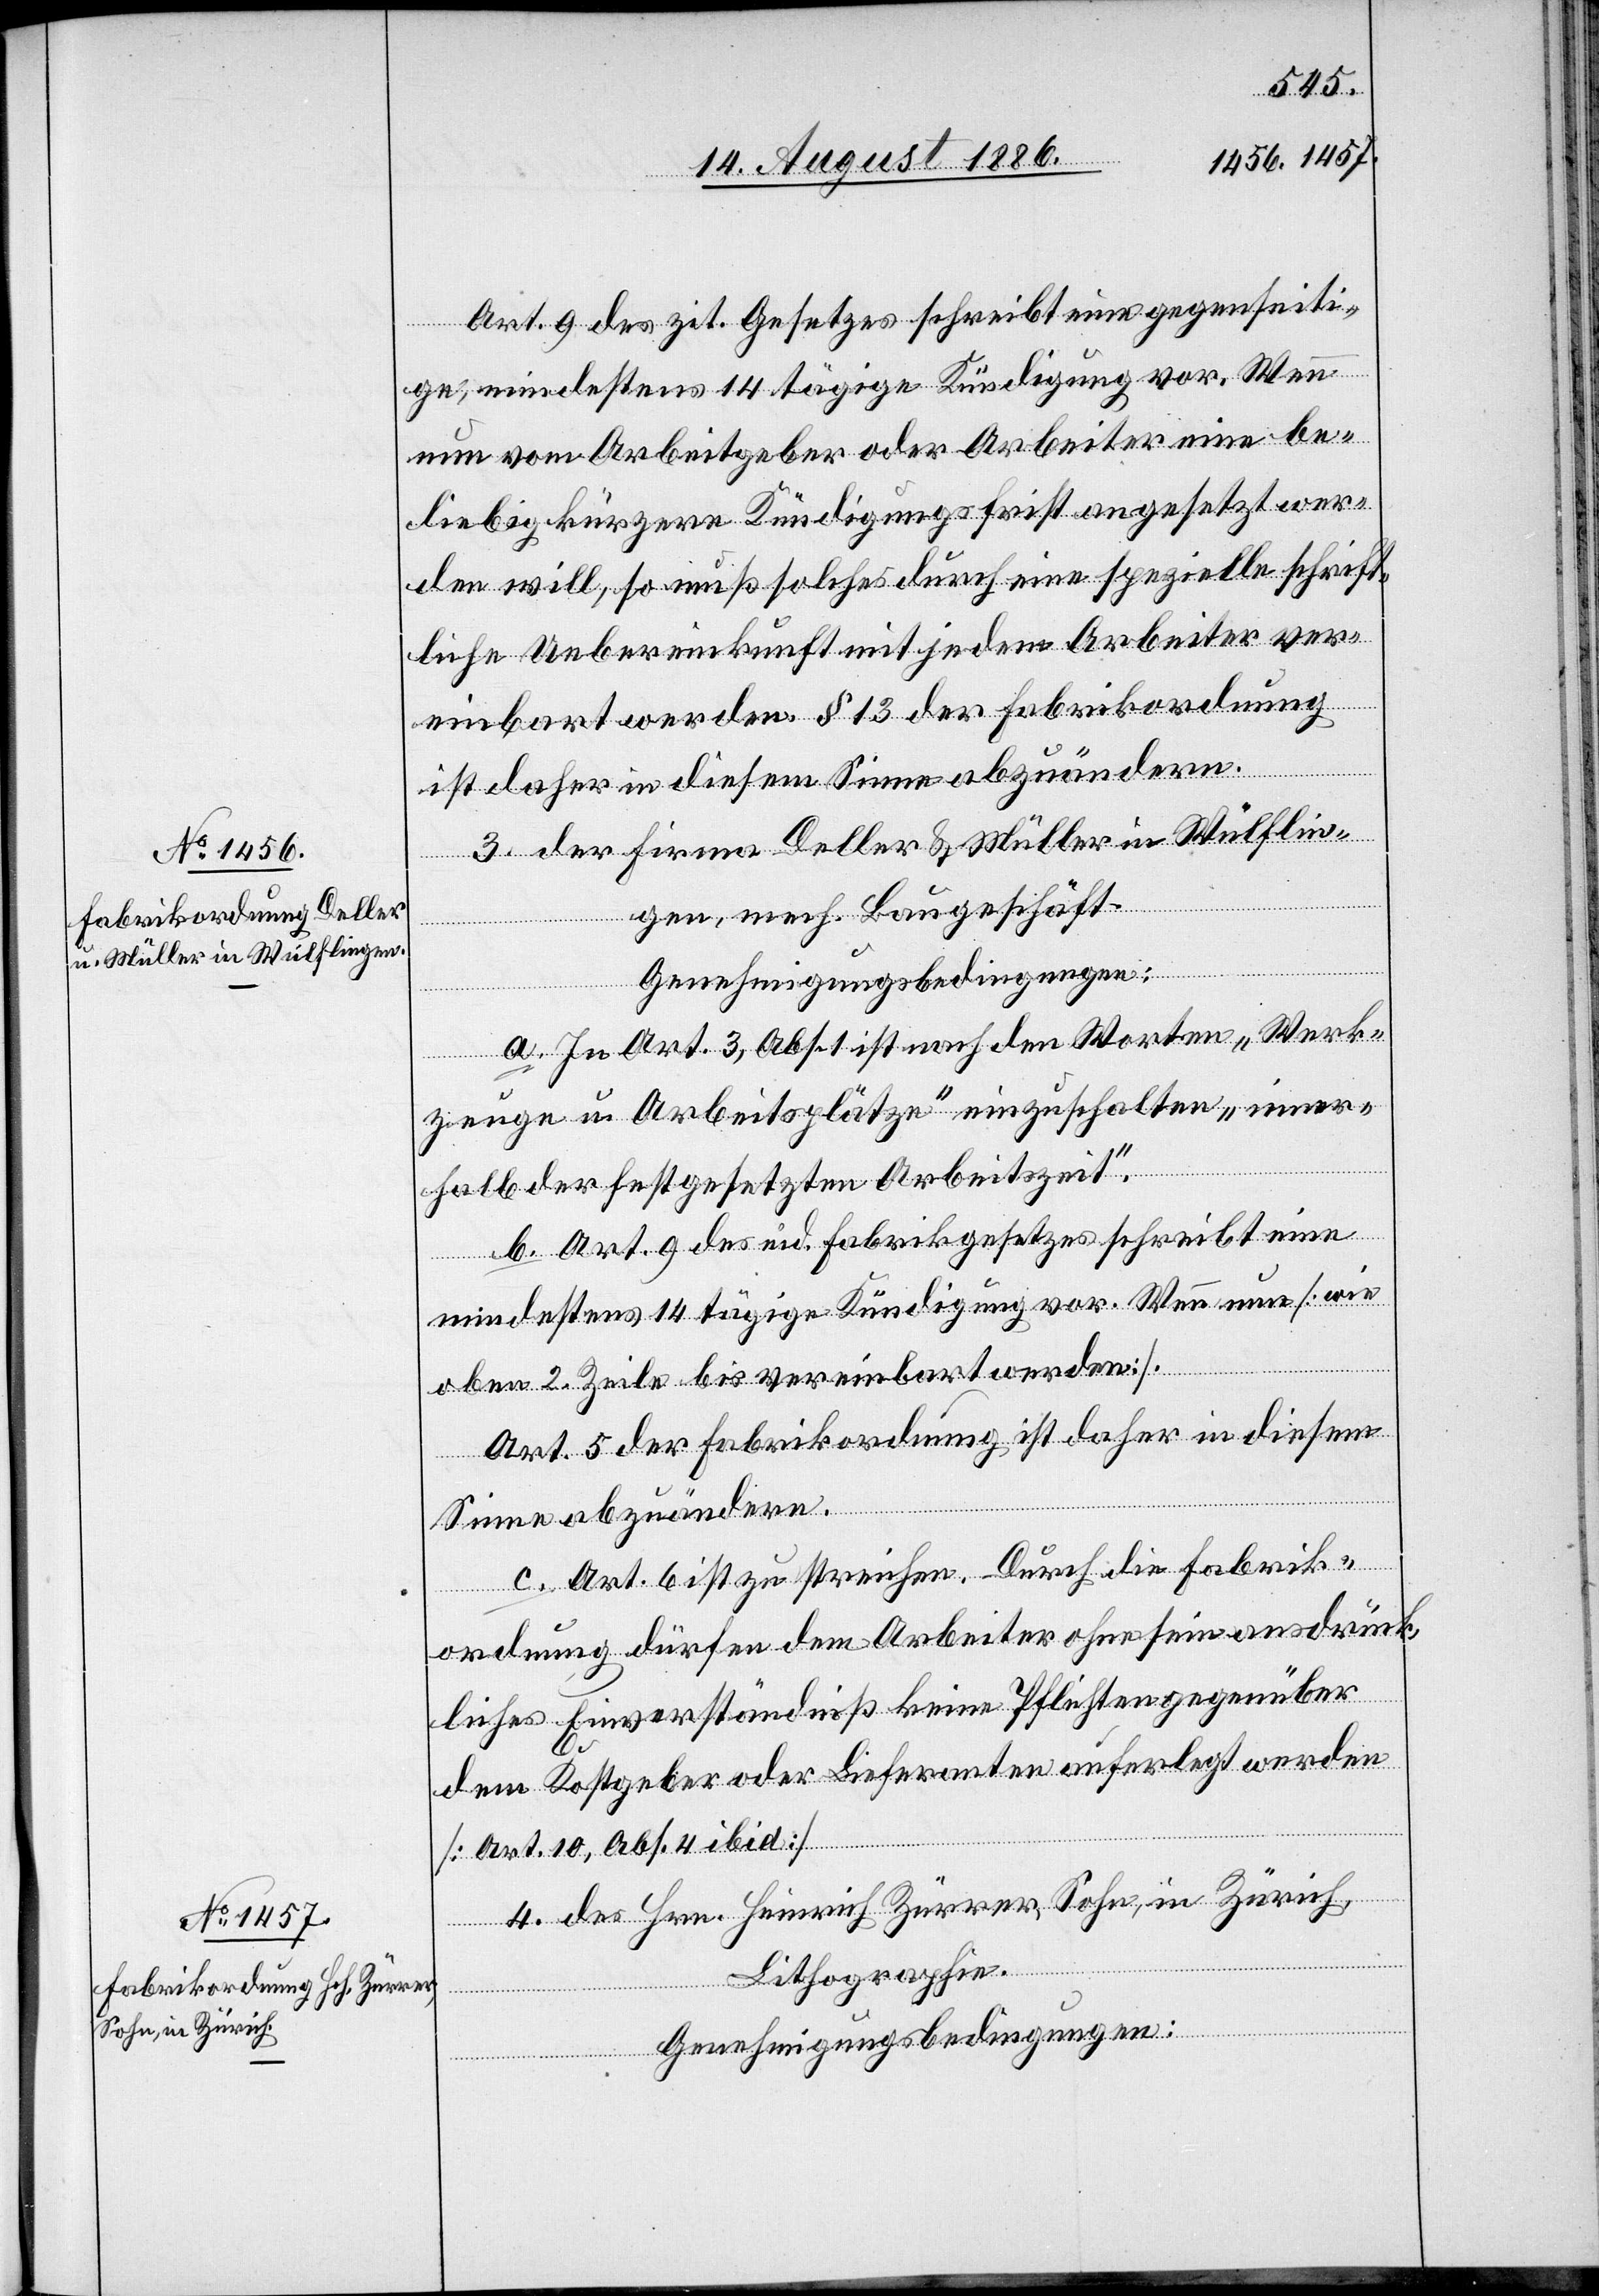
Art. 9 des zit. Gesetzes schreibt eine gegenseiti¬
ge, mindestens 14tägige Kündigung vor. Wen¬
nun vom Arbeitgeber oder Arbeiter eine be¬
liebig kürzere Kündigungsfrist angesetzt wer¬
den will, so muß solches durch eine spezielle schrift¬
liche Uebereinkunft mit jedem Arbeiter ver¬
einbart werden. § 13 der Fabrikordnung
ist daher in diesem Sinne abzuändern.
3. Der Firma Deller & Müller in Wülflin¬
gen, mech. Baugeschäft.
Genehmigungsbedingungen:
a. In Art. 3, Abs. 1 ist nach den Worten „Werk¬
zeuge u. Arbeitsplätze“ einzuschalten „inner¬
halb der festgesetzten Arbeitszeit“.
b. Art. 9 des eid. Fabrikgesetzes schreibt eine
mindestens 14tägige Kündigung vor. Wenn nun [wie
oben 2. Zeile bis vereinbart werden].
Art. 5 der Fabrikordnung ist daher in diesem
Sinne abzuändern.
c. Art. 6 ist zu streichen. Durch die Fabrik¬
ordnung dürfen dem Arbeiter ohne sein ausdrück¬
liches Einverständniß keine Pflichten gegenüber
dem Kostgeber oder Lieferanten auferlegt werden
[Art. 10, Abs. 4 ibid].
4. Des Hrn. Heinrich Zürrer, Sohn, in Zürich,
2.253
Lithographie.
Genehmigungsbedingungen:
n